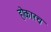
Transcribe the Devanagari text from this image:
होकारच